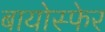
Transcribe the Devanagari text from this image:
बायोस्फेर